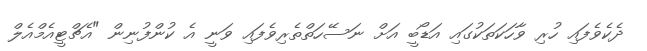
ދެކެވެފައި ހުރި ވާހަކަތަކުގައި އަޑޯބީ އަށް ނަސޭހަތްތެރިވެފައި ވަނީ އެ ކުންފުނިން "އެޗްޓީއެމްއެލް